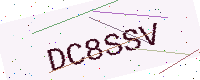
Text: DC8SSV